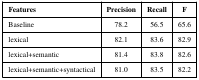
| Features | Precision | Recall | F |
 | --- | --- | --- | --- |
 | Baseline | 78.2 | 56.5 | 65.6 |
 | lexical | 82.1 | 83.6 | 82.9 |
 | lexical+semantic | 81.4 | 83.8 | 82.6 |
 | lexical+semantic+syntactical | 81.0 | 83.5 | 82.2 |